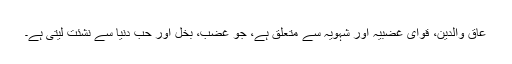
عاق والدین، قوای غضبیہ اور شہویہ سے متعلق ہے، جو غضب، بخل اور حب دنیا سے نشئت لیتی ہے۔